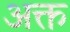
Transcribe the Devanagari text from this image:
अक्त